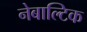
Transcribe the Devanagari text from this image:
नेबाल्टिक